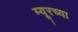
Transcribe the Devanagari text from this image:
म्यूरच्या